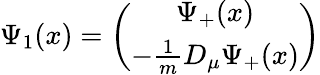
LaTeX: \Psi_{1}(x)=\left(\begin{array}{c}{{\Psi_{+}(x)}}\\ {{-\frac 1mD_{\mu}\Psi_{+}(x)}}\end{array}\right)